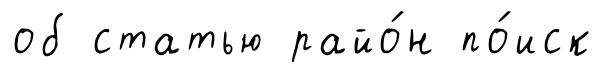
об статью райо́н по́иск